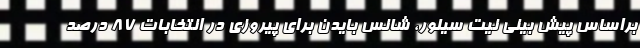
براساس پیش بینی نیت سیلور، شانس بایدن برای پیروزی در انتخابات 87 درصد